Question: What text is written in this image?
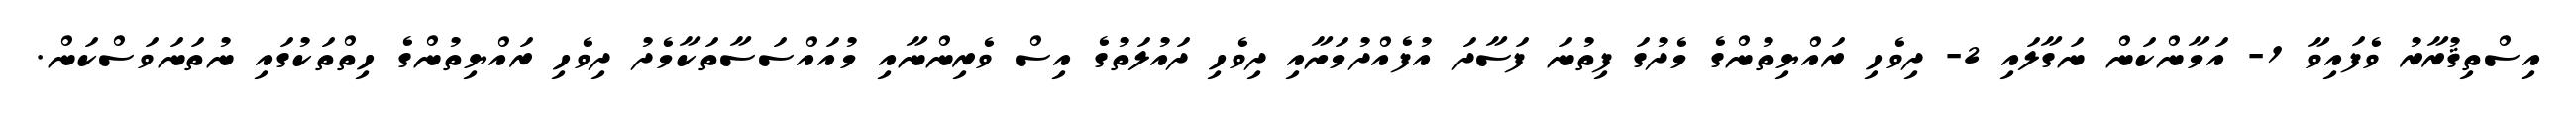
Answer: އިސްތިޤުރާރު ވެފައިވާ 1- އަމާންކަން ނަގާލައި 2- ދިވެހި ރައްޔިތުންގެ މެދުގަ ފިތުނަ ފަސާދަ އުފެއްދުމަށާއި ދިވެހި ދައުލަތުގެ އިސް ވެރިންނާއި މުއައްސަސާތަކާމެދު ދިވެހި ރައްޔިތުންގެ ހިތްތަކުގައި ނުތަނަވަސްކަން.